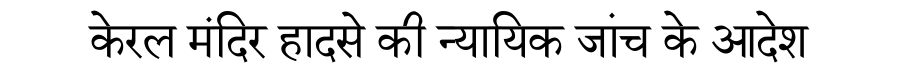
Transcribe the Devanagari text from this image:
केरल मंदिर हादसे की न्यायिक जांच के आदेश